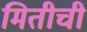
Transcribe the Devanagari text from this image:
मितीची